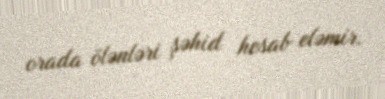
orada ölənləri şəhid hesab eləmir.